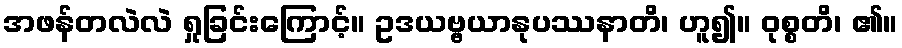
အဖန်တလဲလဲ ရှုခြင်းကြောင့်။ ဥဒယဗ္ဗယာနုပဿနာတိ၊ ဟူ၍။ ဝုစ္စတိ၊ ၏။